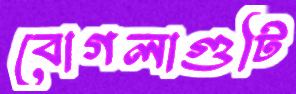
বোগলাগুটি